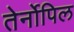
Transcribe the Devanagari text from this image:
तेर्नोपिल